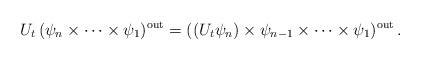
LaTeX: \begin{align*}U_t\,(\psi_n\times\cdots\times\psi_1)^{\rm out}= ((U_t\psi_n)\times\psi_{n-1}\times\cdots\times\psi_1)^{\rm out}\,.\end{align*}